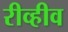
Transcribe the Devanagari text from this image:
रीव्हीव